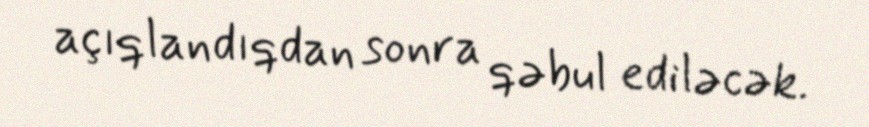
açıqlandıqdan sonra qəbul ediləcək.